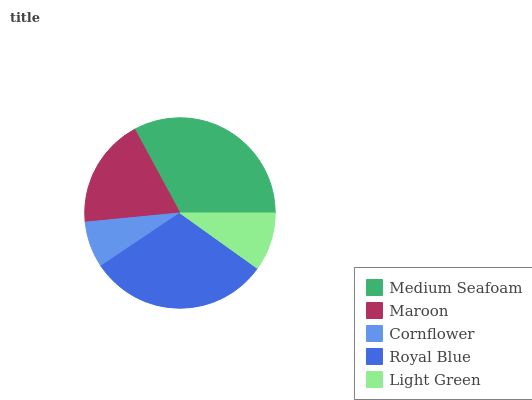
| Medium Seafoam | Maroon | Cornflower | Royal Blue | Light Green |
 | --- | --- | --- | --- | --- |
 | 32.9% | 18.6% | 7.86% | 30.7% | 9.88% |